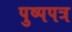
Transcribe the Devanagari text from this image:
पुष्पपत्र